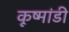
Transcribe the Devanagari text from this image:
कूष्मांडी